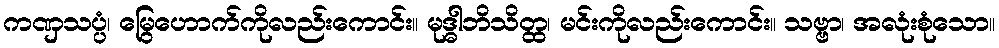
ကဏှသပ္ပံ၊ မြွေဟောက်ကိုလည်းကောင်း။ မုဒ္ဓါဘိသိတ္ထ၊ မင်းကိုလည်းကောင်း။ သဗ္ဗာ၊ အလုံးစုံသော။